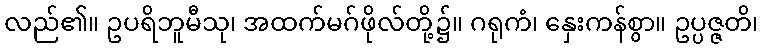
လည်၏။ ဥပရိဘူမီသု၊ အထက်မဂ်ဖိုလ်တို့၌။ ဂရုကံ၊ နှေးကန်စွာ။ ဥပ္ပဇ္ဇတိ၊